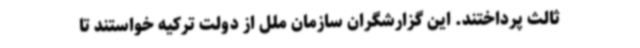
ثالث پرداختند. این گزارشگران سازمان ملل از دولت ترکیه خواستند تا